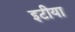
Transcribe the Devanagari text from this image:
इटीया